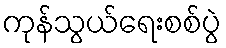
ကုန်သွယ်ရေးစစ်ပွဲ